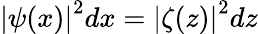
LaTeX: {\left|\psi(x)\right|}^{2}dx={\left|\zeta(z)\right|}^{2}dz